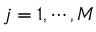
j = 1 , \cdots , M